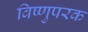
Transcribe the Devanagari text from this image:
विष्णुपरक